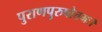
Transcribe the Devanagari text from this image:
पुराणपुरुषोत्तमः।